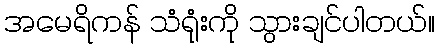
အမေရိကန် သံရုံးကို သွားချင်ပါတယ်။